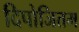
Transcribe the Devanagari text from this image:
दिपोजितम